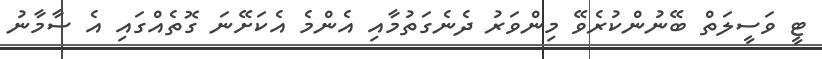
ޓީ ވަސީލަތް ބޭނުންކުރެވޭ މިންވަރު ދެނެގަތުމާއި އެންމެ އެކަށޭނަ ގޮތެއްގައި އެ ސާމާނު